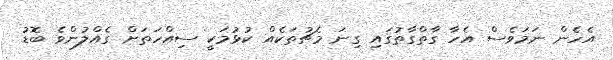
އެހެން ނަމަވެސް އެހާ ގާތްގާތުގައި ގިނަ މެޗުތަކެއް ކުޅުމަކީ ސިއްހަތަށް ގެއްލުންވެ ބޮޑު